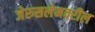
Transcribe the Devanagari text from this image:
जेरुसलेमवरील